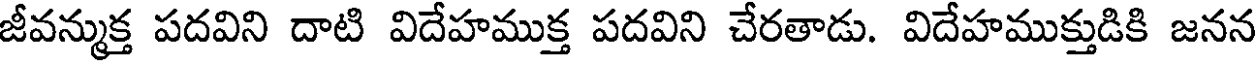
జీవన్ముక్త పదవిని దాటి విదేహముక్త పదవిని చేరతాడు. విదేహముక్తుడికి జనన